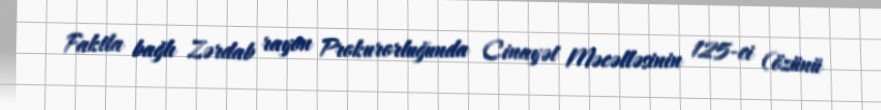
Faktla bağlı Zərdab rayon Prokurorluğunda Cinayət Məcəlləsinin 125-ci (özünü